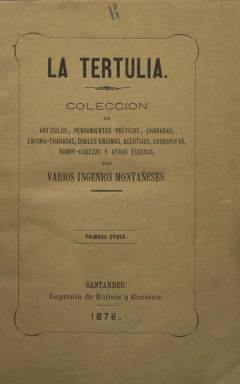
Título: La Tertulia (Santander)
Colección: Cultura || Juegos y pasatiempos || Literatura
Ámbito geográfico: Cantabria
Lugar de publicación: Santander
Fechas: 01/01/1876-15/07/1877

Fundada, editada y dirigida por el “romántico” impresor y librero Francisco Mazón, quien fallecería en la pobreza, en 1900, en Madrid. Un primer volumen lleva un prólogo, firmado con sus iniciales, fechado el 13 de febrero de 1876, bajo el epígrafe A nuestras lectoras, a quienes les dice: “A vosotras, bellísimas lectoras está dedicado este libro”. En un formato en 8º, lo forman 404 páginas. Bajo su título, se indica que se trata de una “colección de artículos humorísticos, pensamientos poéticos, charadas, enigmo-charadas, dobles enigmas, acertijos, logogrifos, rompe-cabezas y otros escesos”, escritos por “varios ingenios montañeses”, recopilado y publicado por el citado editor. Además, Mazón indicará que sus contenidos serán ajenos a “esa terrible pasión, llamada política, que se ha apoderado desgraciadamente de la mayor parte de los españoles, para convertir este bello país en horroroso campo de batalla”.

Al final de ese primer volumen se inserta un índice de sus contenidos, cuya mayor parte son textos compuestos en verso, como epigramas, madrigales, cantares, pensamientos, moralejas, fábulas o epitafios cómicos, entre otros, algunos firmados con iniciales, como las del propio editor y director (F.M.), y otros por A. Plasencia, R. Araujo, E. Benet, M. Hache, F. de la Vega, F.D. Gaviño, Eusebio Sierra, José de la Guardia, Facundo Rivas, Ricardo Oláran, Isidro Castanedo, Francisco Niápoles, Alonso Madrazo, Amós de Escalante, E. Caballero y Ardit, Tadeo Noe Luff, Evaristo Silió y Gutiérrez, Tomás Fernández de Castro, entre otros, o José María de Pereda, que publicará Escena diaria (p. 129).

Si este primer volumen había servido “poco más que para el entretenimiento” de las “damas”, Mazón utilizará su título para el periódico de “ciencias, literatura y artes” que comenzará a publicar a partir del uno de agosto de ese mismo año 1876. Con frecuencia quincenal, las entregas de esta revista literaria aparecerán los días uno y quince de cada mes, ahora en tamaño folio, cada una de 32 páginas, más cuatro de la cubierta, compuestas a una columna, pero también con foliación continuada, secuenciadas y con la indicación “segunda época”, formando un segundo tomo, que superará las 750 páginas. La Tertulia tiene pues dos épocas “perfectamente diferenciadas” (Simón Cabarga: 1982), y como revista literaria tendrá una “amplia resonancia” en el panorama cultural montañés (Benito Madariaga: 1979).

Los propósitos en este “segundo periodo”, sin renegar de sus “modestos orígenes”, serán “diversos, si no opuestos, a los que en sus niñeces mostraba” el primero, se dice ahora en su artículo de presentación (Al que leyere). La aparición de algunas firmas en el primer tomo, como la del propio Pereda, propicia la convocatoria a la revista de otros escritores cántabros y la de “algunos forasteros conocidos y apreciados unos y otros en la república de las letras”. Añade que se respetará “cuidadosamente en sus artículos el dogma y la moral católicos, que son el dogma y la moral de sus colaboradores” –se dirá–, evitándose “todo escarceo en el campo de la política diaria o militante”.

Sus páginas estarán dedicadas preferentemente a la literatura e historia “montañesa”: a estudios sobre sus antiguos monumentos, a curiosas investigaciones, a cuadros de su vida presente, a noticias eruditas de todo género, a biografías de montañeses ilustres y ensayos críticos sobre escritores del país, tradiciones, leyendas… A ser una “verdadera revista literaria montañesa”, “con un carácter español puro y castizo”, se indica en este escrito firmado por la Redacción.

Cada entrega tiene su sumario y contará con secciones biográfica y, especialmente, bibliográfica. Al final de tomo de esta segunda época se incluye un Índice de “materias”, agrupado por autores y los trabajos que publican. Son más de cuatro decenas de escritores y eruditos, algunos de ellos ya lo habían hecho en su primer tomo, como el propio Pereda (que publicará ahora casi todos los relatos de sus Tipos transhumantes), Escalante, Oláran, Fernández de Castro o Alvino Madrazo.

Escribirán ahora en sus páginas Marcelino Menéndez Pelayo (algunos de cuyos textos los había publicado previamente en La España católica), Benito Pérez Galdós (quien frecuentaba la ciudad en sus veraneos y dará a conocer sus Cuarenta leguas por Cantabria), Adolfo Aguirre, Fernando Araujo, Bartolomé Bengoa, Eduardo Bustillo, A.L. Bustamante, Marqués de Casa-Mena, Ramón de Campoamor, Tomás Cáraves, Justo Colongues, Casimiro Collado, Demetrio Duque y Merino, M. Díez de Quijano, José Estrañi, Adolfo de la Fuente, Emilio Ferrari, Ernesto Fernández, Fidel González Bustamante, Juan García, Gumersindo Laverde Ruiz, Enrique Leguina, Juan José de La Lastra, Manuel Marañón, Evelio del Monte, Josefa Pujol de Collado, Jesús Pando y Valle, M. Polo Peyrolón, Ángel de los Ríos y Ríos, Enrique Reoyo Garzón, Roberto Santa Cruz, Telesforo Trueba y Cosío, Honorio Torcida o J.J. Zorrilla.

Publica también traducciones de escritores europeos. En 1877, dedicará una entrega a la conmemoración del 2 de mayo (número 19). Así mismo, al final del segundo tomo, inserta otros índices con la Solución a los acertijos, enigmas, dobles enigmas, charadas y logogrifos. Salió de la Imprenta de Solinis y Cimiano, de la calle Arcillero.

Manuel Suárez Cortina (1994) ha señalado que el grupo que integró esta publicación estuvo “bajo las directrices ideológicas de un catolicismo extremadamente conservador, al gusto del de Pereda y Escalante, y un casticismo españolista, que dificultó la conversión del ‘regionalismo literario’, en un regionalismo abiertamente político”, añadiendo que constituyó “el primer intento de fortalecimiento de las letras” cántabras, cuyo apoliticismo “limitó su consolidación como una vía regionalista, en toda su dimensión”. Por su parte, Salvador García Castañeda, en sus trabajos sobre esta revista y las colaboraciones de Galdós, publicados en 1979 y 1990, retrata al grupo que intervino en la revista como “tradicionalistas y monárquicos, católicos a machamartillo, enemigos de heterodoxias y orgullosos de su estirpe montañesa”.

Su número 24 y último corresponde al 15 de julio de 1877. La Tertulia será continuada por Revista cántabro-asturiana, que publicará dieciocho entregas a partir del cinco de agosto de ese año, y forma parte también de la colección de la Hemeroteca Digital de la BNE. Otras referencias bibliográficas para este título son las de José Simón Cabarga (1982) y Antonio del Campo Echevarría (1987).